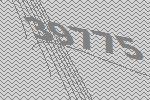
39775